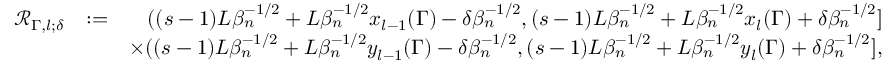
\begin{array} { r l r } { \mathscr { R } _ { \Gamma , l ; \delta } } & { : = } & { ( ( s - 1 ) L \beta _ { n } ^ { - 1 \slash 2 } + L \beta _ { n } ^ { - 1 \slash 2 } x _ { l - 1 } ( \Gamma ) - \delta \beta _ { n } ^ { - 1 \slash 2 } , ( s - 1 ) L \beta _ { n } ^ { - 1 \slash 2 } + L \beta _ { n } ^ { - 1 \slash 2 } x _ { l } ( \Gamma ) + \delta \beta _ { n } ^ { - 1 \slash 2 } ] } \\ & { } & { \times ( ( s - 1 ) L \beta _ { n } ^ { - 1 \slash 2 } + L \beta _ { n } ^ { - 1 \slash 2 } y _ { l - 1 } ( \Gamma ) - \delta \beta _ { n } ^ { - 1 \slash 2 } , ( s - 1 ) L \beta _ { n } ^ { - 1 \slash 2 } + L \beta _ { n } ^ { - 1 \slash 2 } y _ { l } ( \Gamma ) + \delta \beta _ { n } ^ { - 1 \slash 2 } ] , } \end{array}